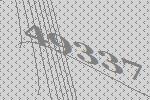
49337